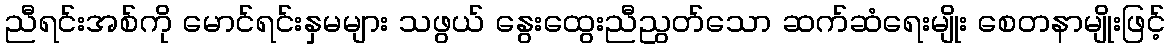
ညီရင်းအစ်ကို မောင်ရင်းနှမများ သဖွယ် နွေးထွေးညီညွတ်သော ဆက်ဆံရေးမျိုး စေတနာမျိုးဖြင့်